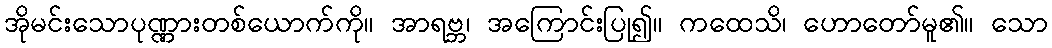
အိုမင်းသောပုဏ္ဏားတစ်ယောက်ကို။ အာရဗ္ဘ၊ အကြောင်းပြု၍။ ကထေသိ၊ ဟောတော်မူ၏။ သော